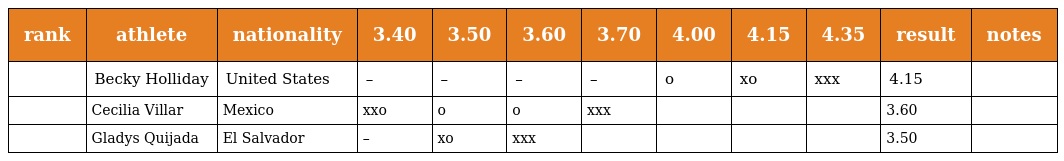
| rank | athlete | nationality | 3.40 | 3.50 | 3.60 | 3.70 | 4.00 | 4.15 | 4.35 | result | notes |
 | --- | --- | --- | --- | --- | --- | --- | --- | --- | --- | --- | --- |
 |  | Becky Holliday | United States | – | – | – | – | o | xo | xxx | 4.15 |  |
 |  | Cecilia Villar | Mexico | xxo | o | o | xxx |  |  |  | 3.60 |  |
 |  | Gladys Quijada | El Salvador | – | xo | xxx |  |  |  |  | 3.50 |  |